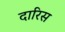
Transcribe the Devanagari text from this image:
दारिस